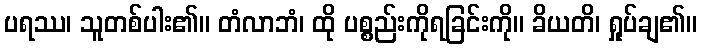
ပရဿ၊ သူတစ်ပါး၏။ တံလာဘံ၊ ထို ပစ္စည်းကိုရခြင်းကို။ ခိယတိ၊ ရှုပ်ချ၏။